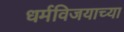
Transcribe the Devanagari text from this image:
धर्मविजयाच्या